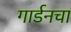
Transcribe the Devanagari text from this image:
गार्डनचा